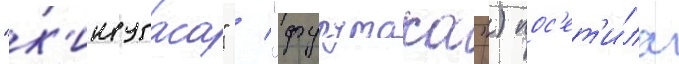
"к'инугаса" / "фурутака") пос'ет'и́ла